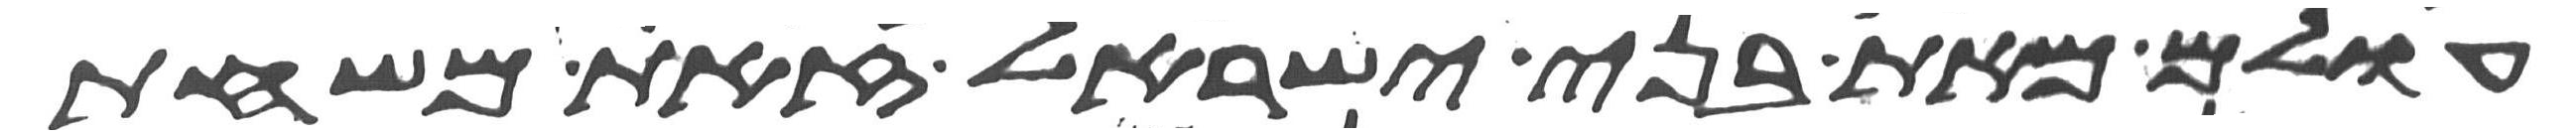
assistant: עולם מאת בני ישראל זאת משחת